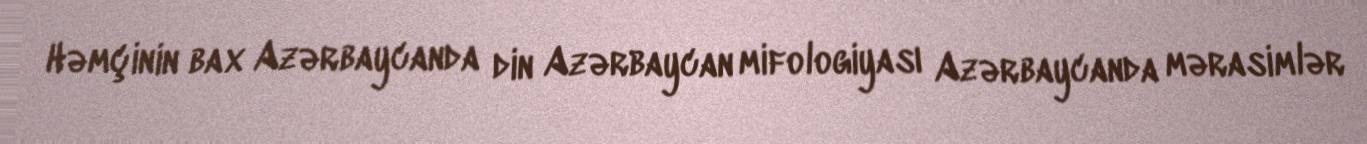
Həmçinin bax Azərbaycanda din Azərbaycan mifologiyası Azərbaycanda mərasimlər